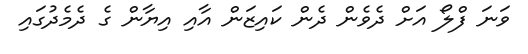
ވަނަ ފްލޯ އަށް ދެވެން ދެން ކައިޒަން އާއި އިޔާން ގެ ދެމެދުގައި